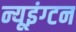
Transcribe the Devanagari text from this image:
न्यूइंग्टन